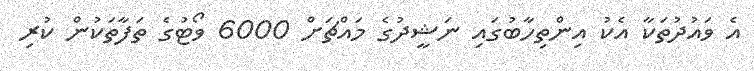
އެ ވައުދުތަކާ އެކު އިންތިހާބުގައި ނަޝީދުގެ މައްޗަށް 6000 ވޯޓުގެ ތަފާތަކުން ކުރި